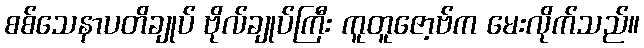
စစ်သေနာပတိချုပ် ဗိုလ်ချုပ်ကြီး ကူတူဇော့ဗ်က မေးလိုက်သည်။